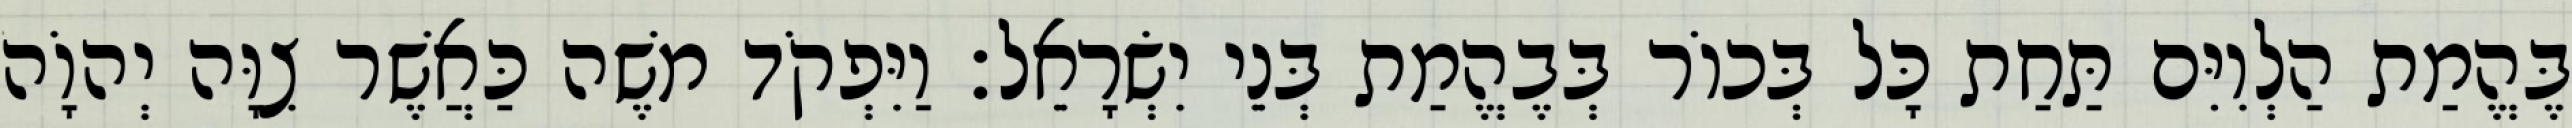
בֶּהֱמַת הַלְוִיִּם תַּחַת כָּל בְּכוֹר בְּבֶהֱמַת בְּנֵי יִשְׂרָאֵל׃ וַיִּפְקֹד משֶׁה כַּאֲשֶׁר צִוָּה יְהוָֹה